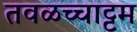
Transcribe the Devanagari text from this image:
तवळच्चाट्टम